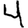
Digit: 4